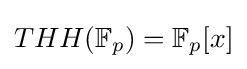
THH(\mathbb {F} _{p})=\mathbb {F} _{p}[x]